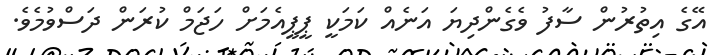
އޭގެ އިތުރުން ސާފު ވެގެންދިޔަ އަނެއް ކަމަކީ ޕީޕީއެމަށް ހަޖަމް ކުރަން ދަސްވުމެވެ.